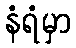
နံရံမှာ